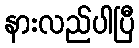
နားလည်ပါပြီ